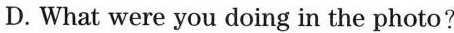
D. What were you doing in the photo?